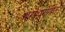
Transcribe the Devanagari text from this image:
पराशरोदितं